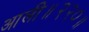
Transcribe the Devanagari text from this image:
आली॥२२०॥